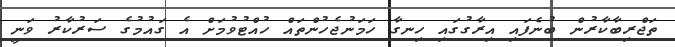
ތަޖްރިބާކާރުން ބުނެފައި އިރާގުގައި ހިނގާ ހަމަނުޖެހުންތައް ހުއްޓުވުމަށް އެ ގައުމުގެ ސަރުކާރު ވަނީ